Civil Veterinary Department Bihar reports 1936-40 - 1936-1940
Year: 1936
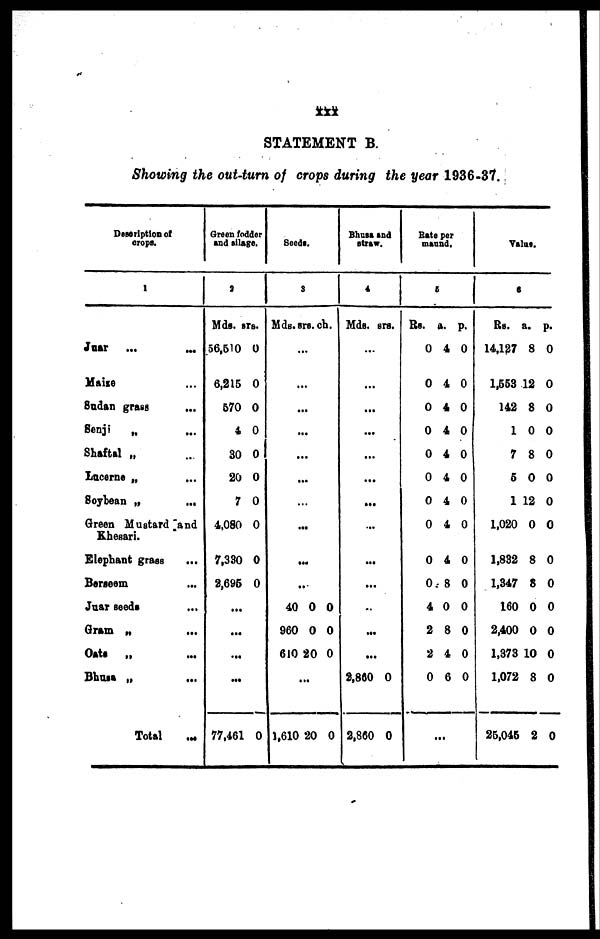
XXX
STATEMENT B.
Showing the out-turn of crops during the year 1936-37.
Description of
crops.
1
Juar
... …
Maize …
Sudan grass …
Senji
„ …
Shaftal „ …
Lucerne „ …
Soybean „
...
Green Mustard and
Khesari.
Elephant grass
Berseem …
Juar seeds …
Gram „ …
Oats „
...
Bhues „ …
Total …
Green fod
and silag
der
e.
2
Mds. srs
.
56,510
6,215
570
4
30
20
7
4,080
7,330
2,695
...
...
...
...
77,461
0
0
0
0
0
0
0
0
0
0
0
Seed
s.
3
Mds.
.
..
.
..
..
.
.
.
…
…
40
960
610
.
1,610
srs.
..
.
..
.
.
..
..
..
0
0
20
..
20
ch
0
0
0
0
Bhusa
straw.
and
4
Mds.
...
...
...
…
...
…
...
…
...
...
..
...
...
2,860
2,860
srs.
0
0
Rate
mau
per
nd.
5
Rs.
0
0
0
0
0
0
0
0
0
0
4
2
2
0
a.
4
4
4
4
4
4
4
4
4
8
0
8
4
6
...
p.
0
0
0
0
0
0
0
0
0
0
0
0
0
0
Value
.
6
Rs.
14,127
1,553
142
1
7
5
1
1,020
1,832
1,347
160
2,400
1,373
1,072
25,045
a.
8
12
8
0
8
0
12
0
8
8
0
0
10
8
2
p.
0
0
0
0
0
0
0
0
0
0
0
0
0
0
0